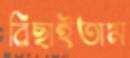
বিছাইতাম